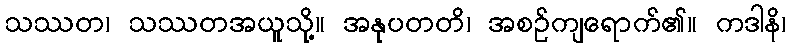
သဿတ၊ သဿတအယူသို့။ အနုပတတိ၊ အစဉ်ကျရောက်၏။ ကဒါနိ၊